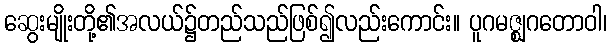
ဆွေးမျိုးတို့၏အလယ်၌တည်သည်ဖြစ်၍လည်းကောင်း။ ပူဂမဇ္ဈဂတောဝါ၊